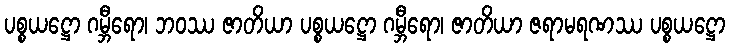
ပစ္စယဋ္ဌော ဂမ္ဘီရော၊ ဘဝဿ ဇာတိယာ ပစ္စယဋ္ဌော ဂမ္ဘီရော၊ ဇာတိယာ ဇရာမရဏဿ ပစ္စယဋ္ဌော